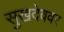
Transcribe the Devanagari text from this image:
सुखदेववर